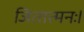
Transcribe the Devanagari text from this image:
जितात्मनः।